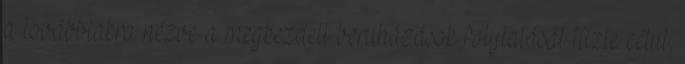
a továbbiakra nézve a megkezdett beruházások folytatását tűzte célul,